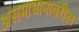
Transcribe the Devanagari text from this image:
असमाधानावरील